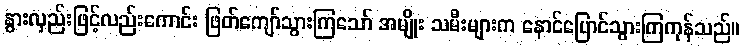
နွားလှည်းဖြင့်လည်းကောင်း ဖြတ်ကျော်သွားကြသော် အမျိုး သမီးများက နောင်ပြောင်သွားကြကုန်သည်။